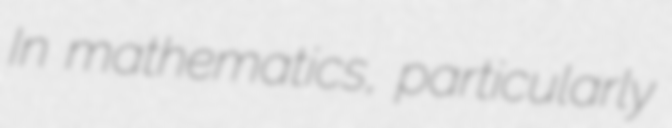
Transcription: In mathematics, particularly